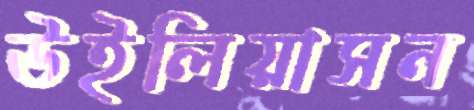
উইলিয়াসন